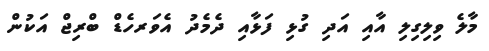
މާލެ ވިލިގިލި އާއި އަދި ގުޅި ފަޅާއި ދެމެދު އެވަރހެޑް ބްރިޖް އަކުން